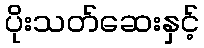
ပိုးသတ်ဆေးနှင့်